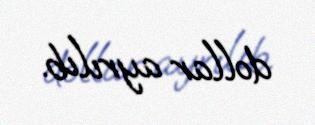
dollar ayrılıb.